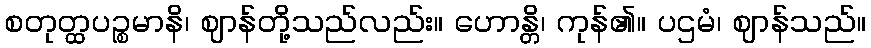
စတုတ္ထပဉ္စမာနိ၊ ဈာန်တို့သည်လည်း။ ဟောန္တိ၊ ကုန်၏။ ပဌမံ၊ ဈာန်သည်။